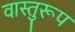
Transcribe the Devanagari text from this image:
वास्तुरूप